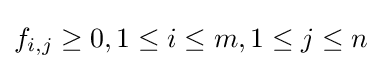
f_{i,j}\geq 0,1\leq i\leq m,1\leq j\leq n